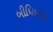
બીધિબોધ